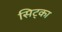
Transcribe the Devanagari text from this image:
सिट्का